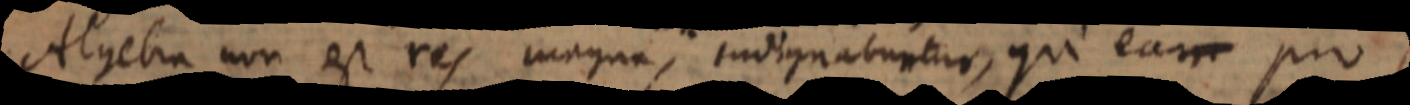
Algebra non est res magna, indignabuntur, qui eam pro